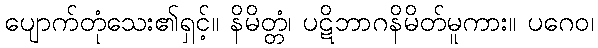
ပျောက်တုံသေး၏ရှင့်။ နိမိတ္တံ၊ ပဋိဘာဂနိမိတ်မူကား။ ပဂေဝ၊